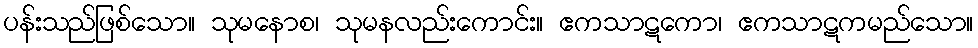
ပန်းသည်ဖြစ်သော။ သုမနောစ၊ သုမနလည်းကောင်း။ ဧကသာဋကော၊ ဧကသာဋကမည်သော။